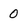
Character: 0